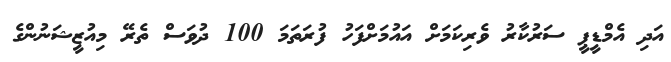
އަދި އެމްޑީޕީ ސަރުކާރު ވެރިކަމަށް އައުމަށްފަހު ފުރަތަމަ 100 ދުވަސް ތެރޭ މިއުޒީޝަނުންގެ